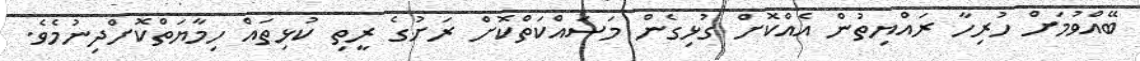
ބޭއްވުމަށް ހުރިހާ ރައްޔިތުން އެއްކޮށް ގުޅިގެން މަސައްކަތްކޮށް ރަށުގެ ރީތި ކުޅިތައް ހިމާޔަތްކޮށްދިނުމެވެ.